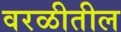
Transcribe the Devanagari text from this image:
वरळीतील